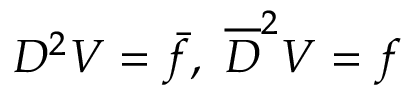
{ \cal D } ^ { 2 } V = \bar { f } , \ \overline { { { \cal D } } } ^ { 2 } V = f